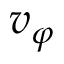
v _ { \varphi }